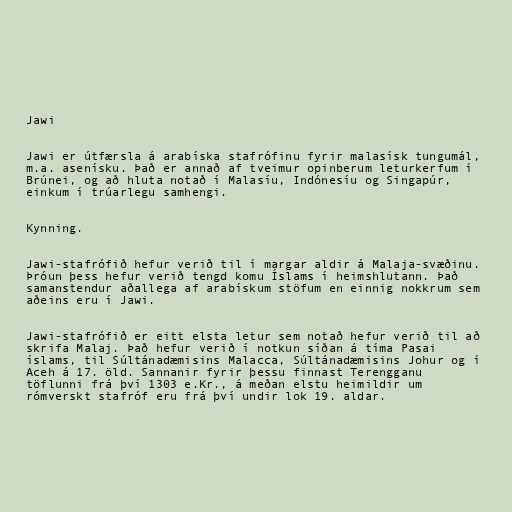
Jawi

Jawi er útfærsla á arabíska stafrófinu fyrir malasísk tungumál,
m.a. asenísku. Það er annað af tveimur opinberum leturkerfum í
Brúnei, og að hluta notað í Malasíu, Indónesíu og Singapúr,
einkum í trúarlegu samhengi.

Kynning.

Jawi-stafrófið hefur verið til í margar aldir á Malaja-svæðinu.
Þróun þess hefur verið tengd komu Íslams í heimshlutann. Það
samanstendur aðallega af arabískum stöfum en einnig nokkrum sem
aðeins eru í Jawi.

Jawi-stafrófið er eitt elsta letur sem notað hefur verið til að
skrifa Malaj. Það hefur verið í notkun síðan á tíma Pasai
íslams, til Súltánadæmisins Malacca, Súltánadæmisins Johur og í
Aceh á 17. öld. Sannanir fyrir þessu finnast Terengganu
töflunni frá því 1303 e.Kr., á meðan elstu heimildir um
rómverskt stafróf eru frá því undir lok 19. aldar.